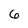
Character: 6